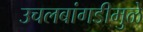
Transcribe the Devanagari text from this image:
उचलबांगडीमुळे